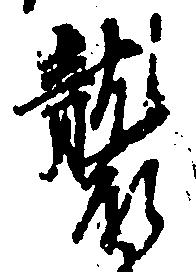
襲